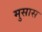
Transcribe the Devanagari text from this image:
मुसास